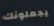
يجعلونك